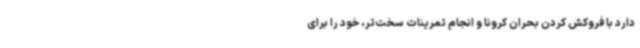
دارد با فروکش کردن بحران کرونا و انجام تمرینات سخت‌تر، خود را برای